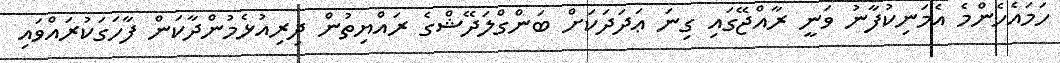
ހަމައެހެންމެ އެމަނިކުފާނު ވަނީ ރާއްޖޭގައި ގިނަ ޢަދަދަކަށް ބަންގްލަދޭޝްގެ ރައްޔިތުން ދިރިއުޅެމުންދާކަން ފާހަގަކުރައްވައި